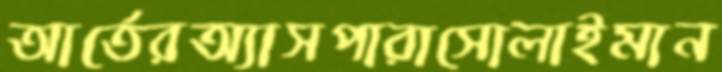
আর্তেরঅ্যাসপারাসোলাইমান